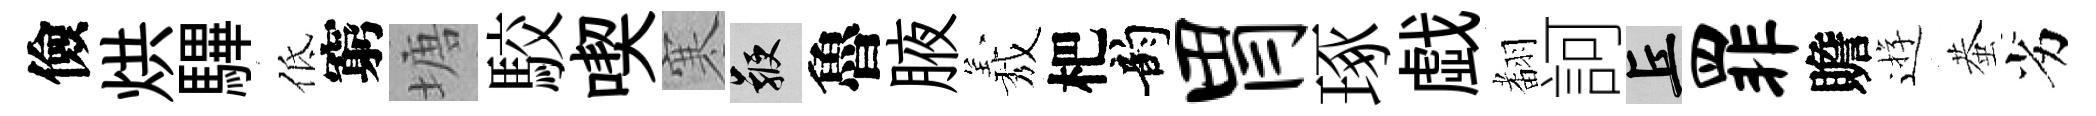
儉烘驆低窮塘駮喫寒鞭魯腋𦏁杷韵胃琢戯𮋒訶丘罪贍逰蛬劣